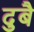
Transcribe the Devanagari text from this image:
दुबै